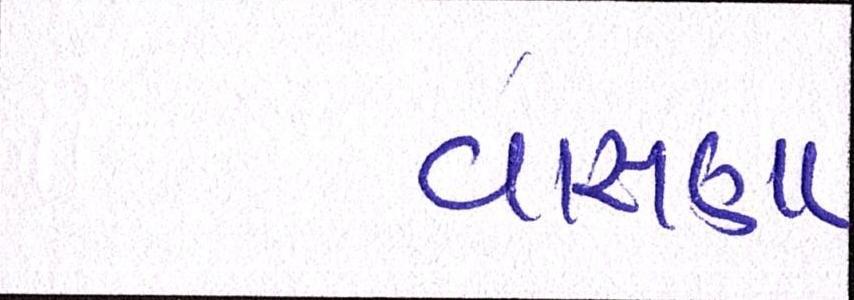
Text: વાસણા